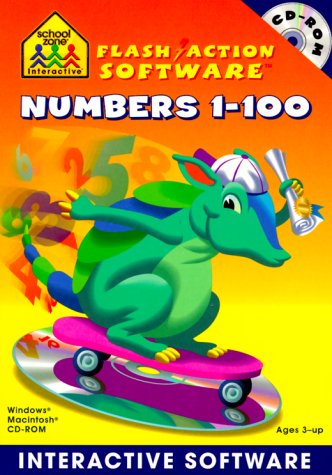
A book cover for Numbers 1-100 Interactive Software: Windows Macintosh : Ages 3-Up (School Zone Interactive Flash Action Software); Children's Books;